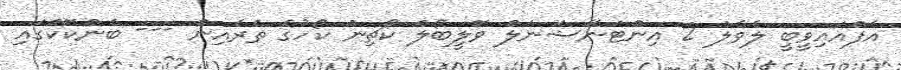
އެފްއައިވީބީ ލެވެލް 2 އިންޓަނޭޝަނަލް ވޮލީބޯލް ކޯޗިން ކޯހުގެ ތެރެއިން --- ބެންކޮކްގައި